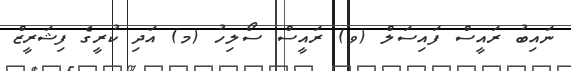
ނައިބު ރައީސް ފައިސަލް (ވ) ރައީސް ސޯލިހު (މ) އަދި ކުރީގެ ފިޝަރީޒް